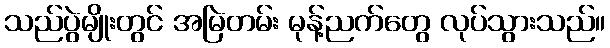
သည်ပွဲမျိုးတွင် အမြဲတမ်း မုန့်ညက်တွေ လုပ်သွားသည်။